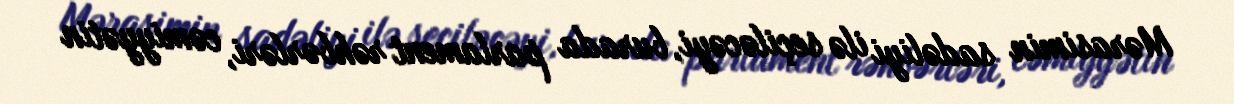
Mərasimin sadəliyi ilə seçiləcəyi, burada parlament rəhbərləri, cəmiyyətin